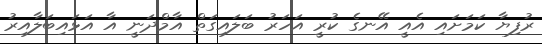
ރުފިޔާ ކަމަށައި އެއީ އޭނގެ ކުރީ އަހަރު ބަލައިގަތް އާމްދަނީ އާ އަޅައިބަލާއިރު